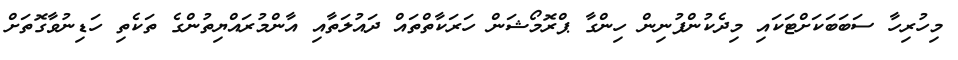
މިހުރިހާ ސަބަބަކަށްޓަކައި މިދެކުންފުނިން ހިންގާ ޕްރޮމޯޝަން ހަރަކާތްތައް ދައުލަތާއި އާންމުރައްޔިތުންގެ ތަކެތި ހަޑިނުވާގޮތަށް